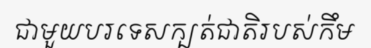
ជាមួយបរទេសក្បត់ជាតិរបស់កឹម